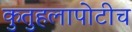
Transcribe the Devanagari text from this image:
कुतुहलापोटीच